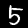
Digit: 5